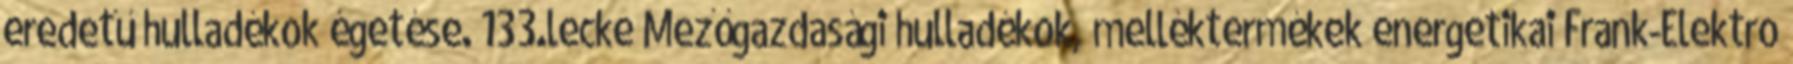
eredetű hulladékok égetése. 133.lecke Mezőgazdasági hulladékok, melléktermékek energetikai Frank-Elektro